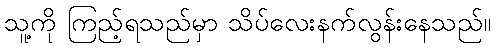
သူ့ကို ကြည့်ရသည်မှာ သိပ်လေးနက်လွန်းနေသည်။